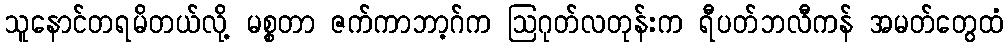
သူနောင်တရမိတယ်လို့ မစ္စတာ ဇက်ကာဘာ့ဂ်က ဩဂုတ်လတုန်းက ရီပတ်ဘလီကန် အမတ်တွေထံ